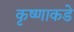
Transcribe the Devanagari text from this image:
कृष्णाकडे